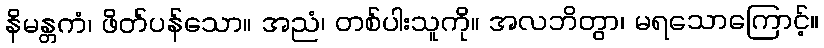
နိမန္တကံ၊ ဖိတ်ပန်သော။ အညံ၊ တစ်ပါးသူကို။ အလဘိတွာ၊ မရသောကြောင့်။